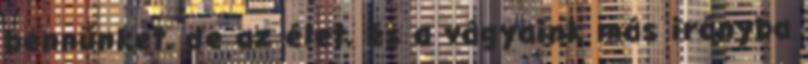
bennünket, de az élet, és a vágyaink más irányba